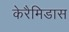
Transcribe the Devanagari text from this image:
केरैमिडास